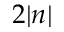
2 | n |